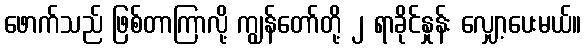
ဖောက်သည် ဖြစ်တာကြာလို့ ကျွန်တော်တို့ ၂ ရာခိုင်နှုန်း လျှော့ပေးမယ်။